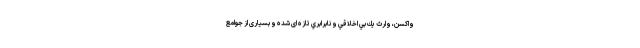
واكسن، وارث يك بي اخلاقي و نابرابري تازه ای شده و بسیاری از جوامع